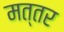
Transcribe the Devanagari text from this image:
मत्तर